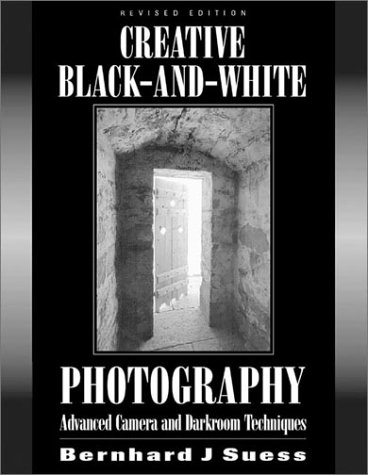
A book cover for Creative Black and White Photography: Advanced Camera and Darkroom Techniques; Bernhard Suess; Arts & Photography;